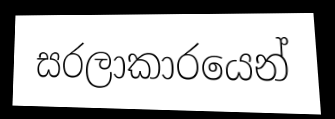
සරලාකාරයෙන්